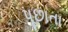
પૂછાતા